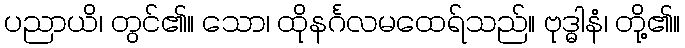
ပညာယိ၊ တွင်၏။ သော၊ ထိုနင်္ဂလမထေရ်သည်။ ဗုဒ္ဓါနံ၊ တို့၏။